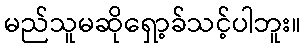
မည်သူမဆိုရှော့ခ်သင့်ပါဘူး။